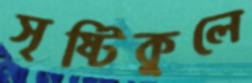
সৃষ্টিকুলে